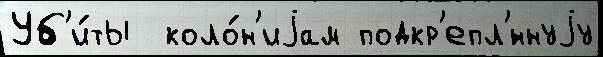
Уб'и́ты  коло́н'иjам подкр'епл'́ннуjу